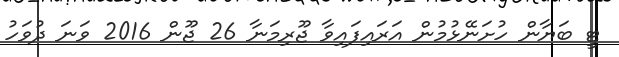
ޓީ ބަޔާން ހުށަނޭޅުމުން އަރައިފައިވާ ޖޫރިމަނާ 26 ޖޫން 2016 ވަނަ ދުވަހު